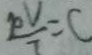
\frac { p ^ { v } } { 7 } = C